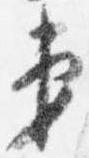
第